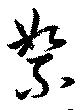
絮